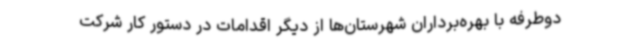
دوطرفه با بهره‌برداران شهرستان‌ها از دیگر اقدامات در دستور کار شرکت